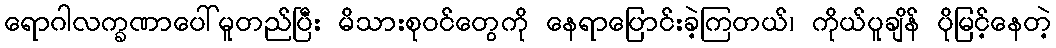
ရောဂါလက္ခဏာပေါ်မူတည်ပြီး မိသားစုဝင်တွေကို နေရာပြောင်းခဲ့ကြတယ်၊ ကိုယ်ပူချိန် ပိုမြင့်နေတဲ့